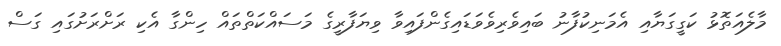
މާލެއަތޮޅު ކަގީގަޔާއި އެމަނިކުފާނު ބައިވެރިވެވަޑައިގެންފައިވާ ވިޔަފާރީގެ މަސައްކަތްތައް ހިންގާ އެކި ރަށްރަށުގައި ގަސް